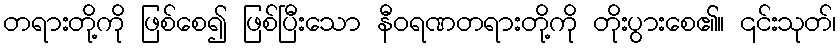
တရားတို့ကို ဖြစ်စေ၍ ဖြစ်ပြီးသော နီဝရဏတရားတို့ကို တိုးပွားစေ၏။ ၎င်းသုတ်၊